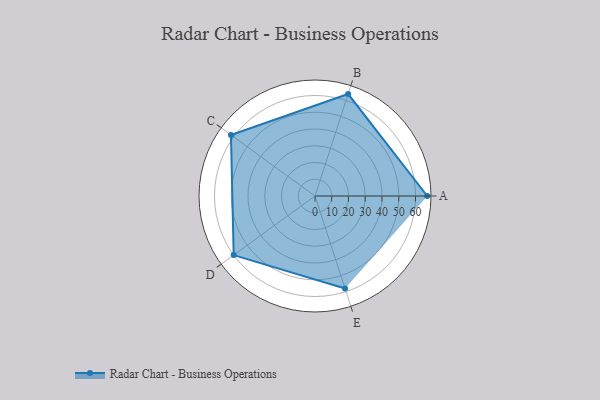
{"axis": {"x": "Skill", "y": "Score"}, "legend": ["Profile"], "data": [{"x": "A", "y": 67.0, "type": "Profile"}, {"x": "B", "y": 64.0, "type": "Profile"}, {"x": "C", "y": 62.0, "type": "Profile"}, {"x": "D", "y": 60.0, "type": "Profile"}, {"x": "E", "y": 58.0, "type": "Profile"}]}